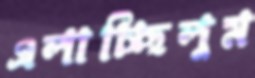
এলাচ্ছিলুম